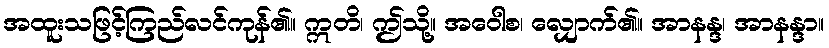
အထူးသဖြင့်ကြည်လင်ကုန်၏။ ဣတိ၊ ဤသို့။ အဝေါစ၊ လျှောက်၏။ အာနန္ဒ၊ အာနန္ဒာ။